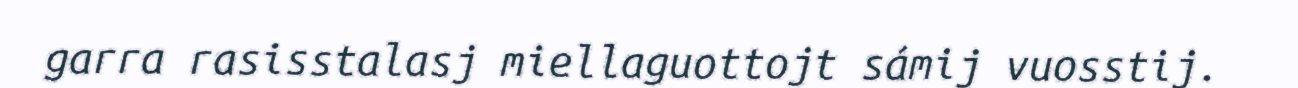
garra rasisstalasj miellaguottojt sámij vuosstij.